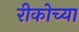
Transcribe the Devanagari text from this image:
रीकोच्या